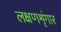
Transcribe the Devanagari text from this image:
लक्षणशृंगार